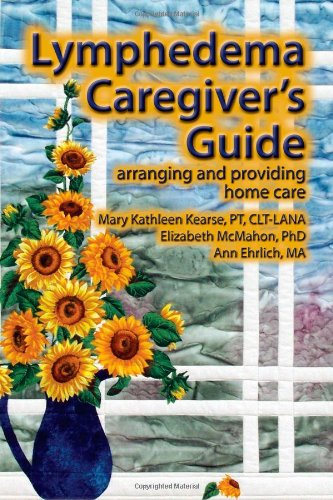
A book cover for Lymphedema Caregiver's Guide: arranging and providing home care; Mary Kathleen Kearse; Medical Books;